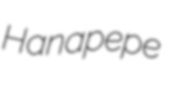
Hanapepe